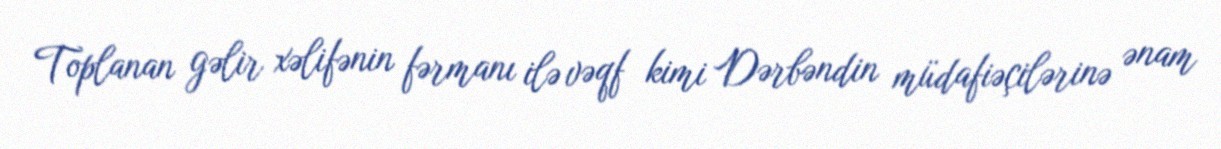
Toplanan gəlir xəlifənin fərmanı ilə vəqf kimi Dərbəndin müdafiəçilərinə ənam